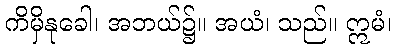
ကိမှိနုခေါ၊ အဘယ်၌။ အယံ၊ သည်။ ဣမံ၊